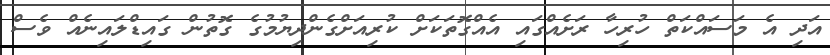
އަދި އެ މަސައްކަތް ހުރިހާ ރަށެއްގައި އެއްގޮތަކަށް ކުރިއަށްގެންދިޔުމުގެ ގޮތުން ގައިޑްލައިނެއް ވެސް